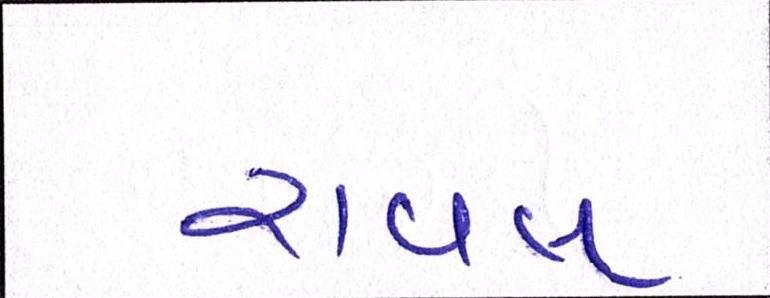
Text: રાવલ